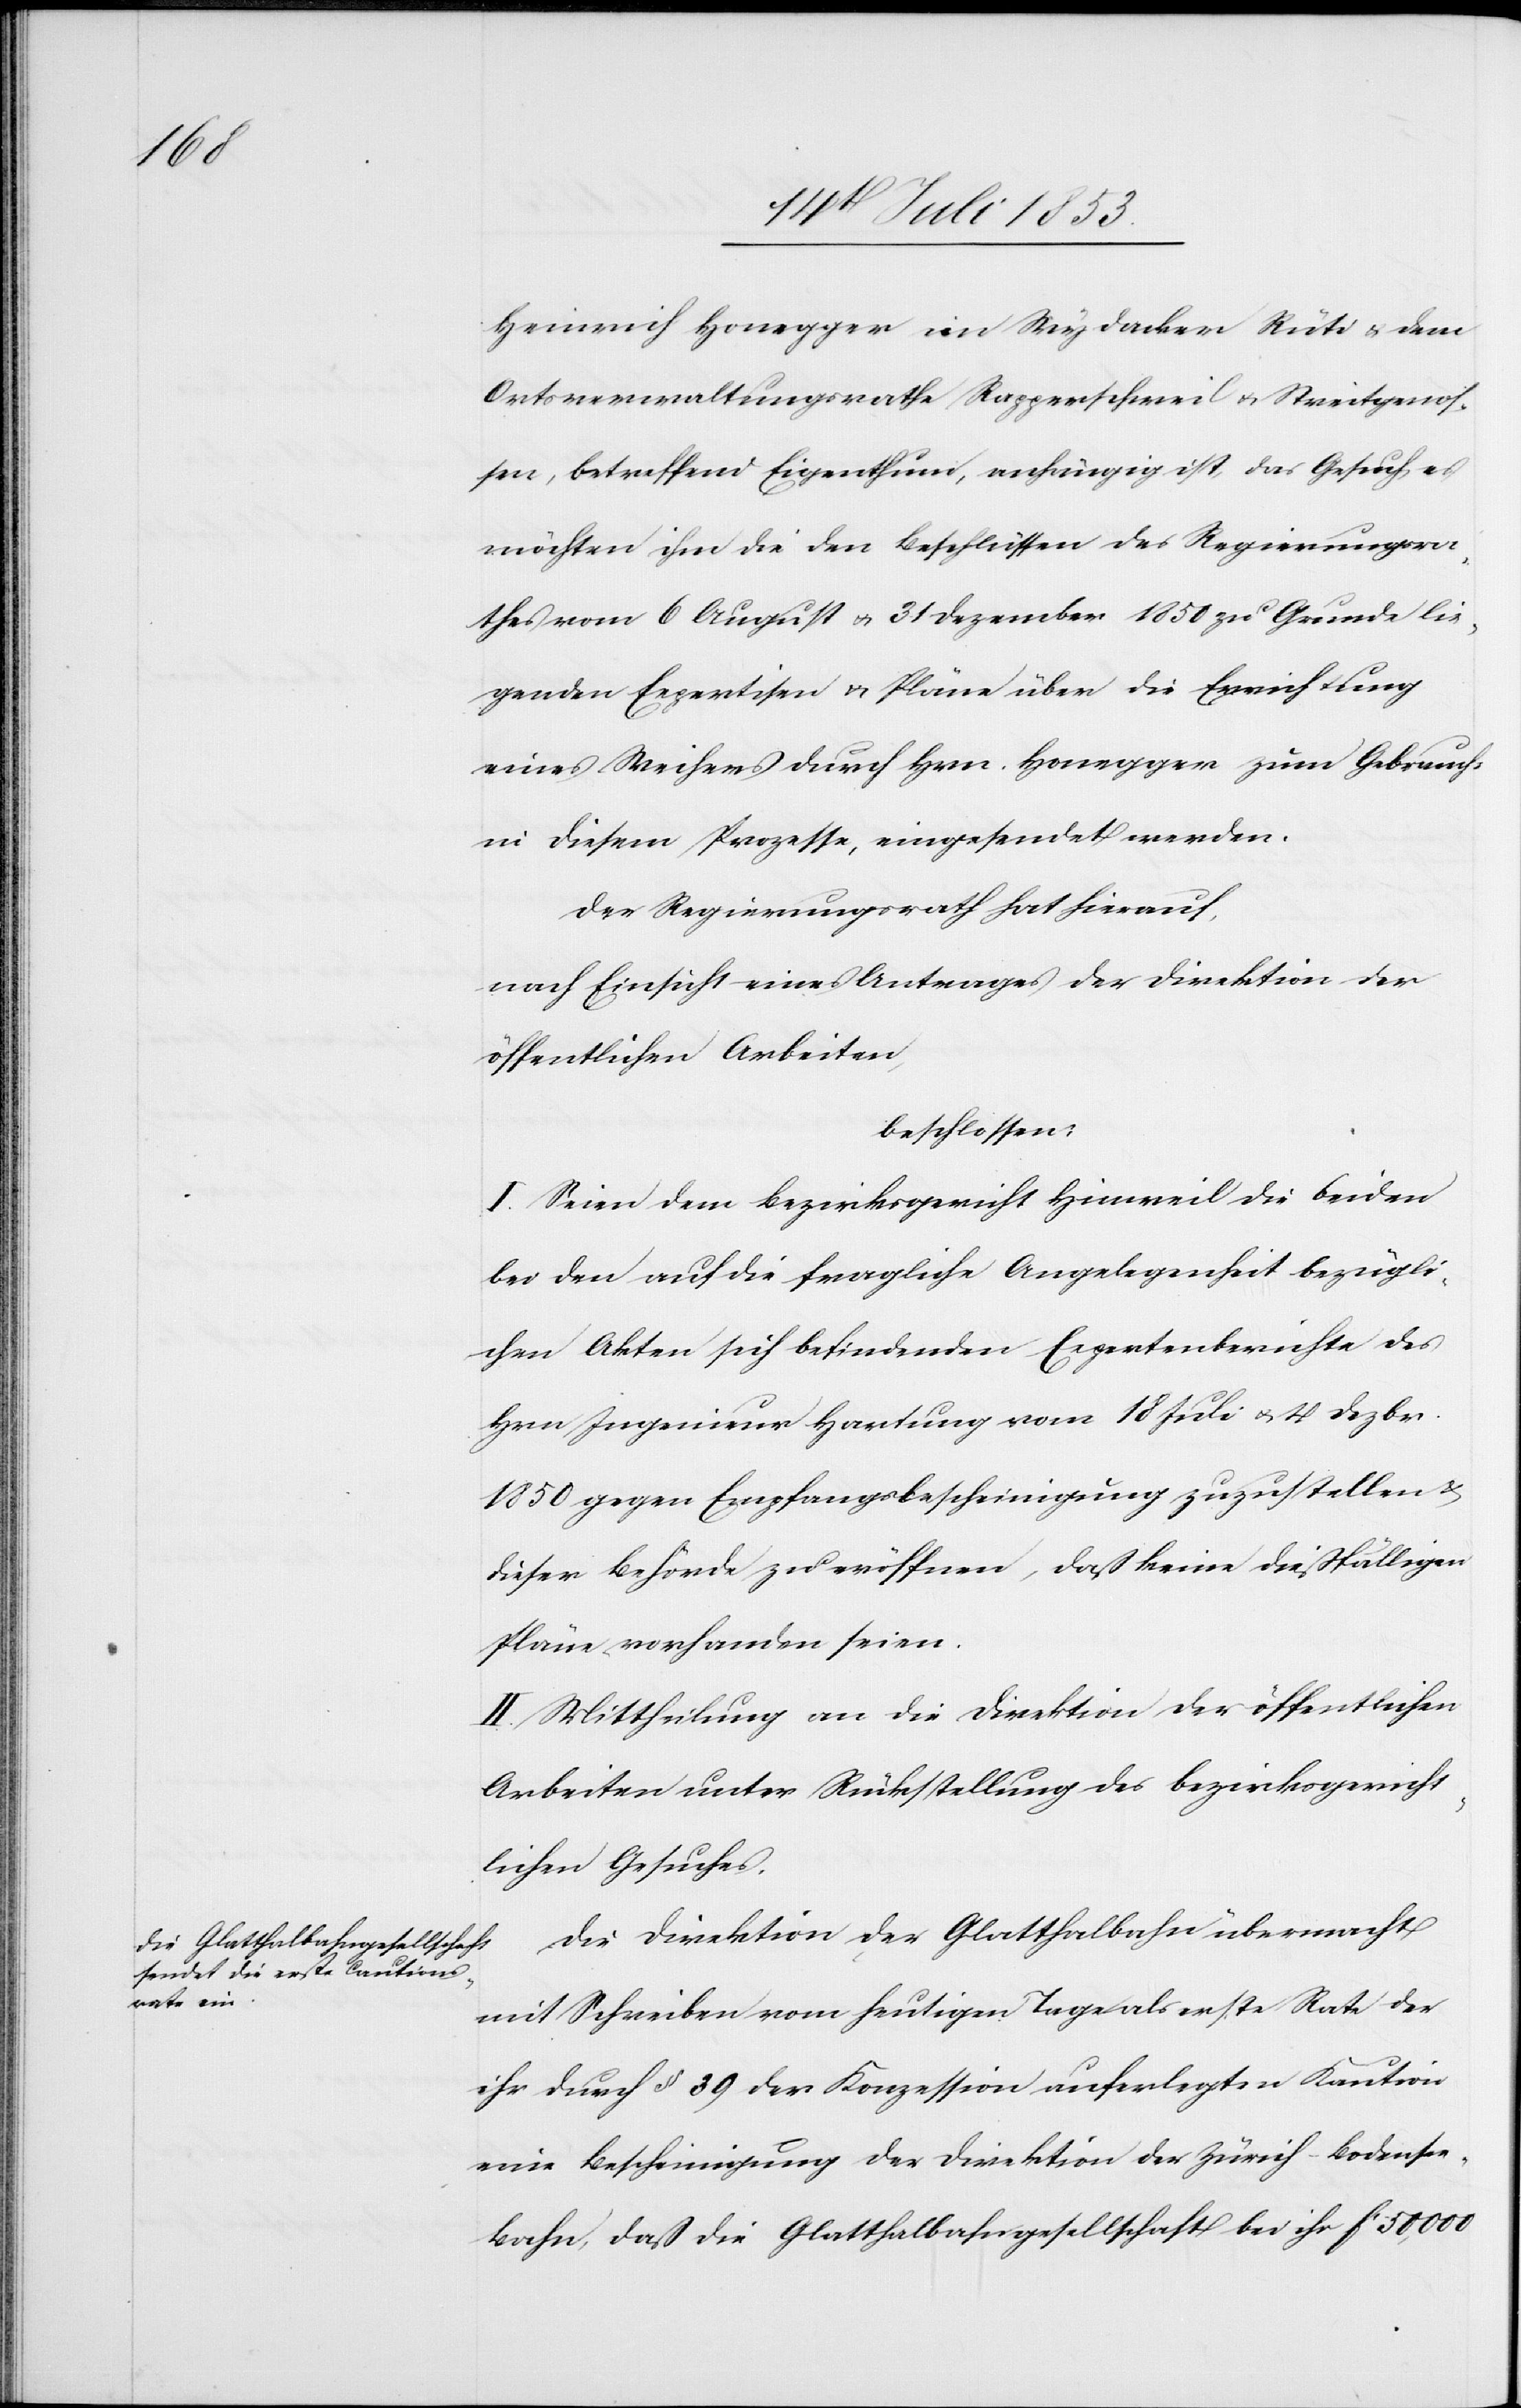
16 Juli 1853.]
Heinrich Honegger im Weydacker Rüti u. dem
Ortsverwaltungsrathe Rappertschweil u. Streitgenoß¬
en, betreffend Eigenthum, anhängig ist, das Gesuch es
möchten ihm die den Beschlüssen des Regierungsra¬
thes vom 6 August u. 31 Dezember 1850 zu Grunde lie¬
genden Expertisen u. Pläne über die Errichtung
eines Weihers durch Hrn. Honegger zum Gebrauche
in diesem Prozesse, eingesandt werden.
Der Regierungsrath hat hierauf,
nach Einsicht eines Antrages der Direktion der
öffentlichen Arbeiten,
beschloßen:
I. Seien dem Bezirksgericht Hinweil die beiden
bei den auf die fragliche Angelegenheit bezügli¬
chen Akten sich befindenden Expertenberichte des
Hrn Ingenieur Hartung vom 18 Juli u. 4 Dezbr.
1850 gegen Empfangsbescheinigung zuzustellen u.
dieser Behörde zu eröffnen, daß keine dießfälligen
Pläne vorhanden seien.
II. Mittheilung an die Direktion der öffentlichen
Arbeiten unter Rückstellung des bezirksgericht¬
lichen Gesuches.
Die Direktion der Glatthalbahn übermacht
mit Schreiben vom heutigen Tage als erste Rate der
ihr durch § 39 der Konzession auferlegten Kaution
eine Bescheinigung der Direktion der Zürich-Bodensee¬
bahn, daß die Glatthalbahngesellschaft bei ihr fc 50 000